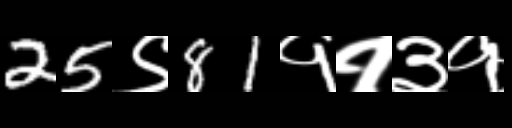
Text: 25९81११३१